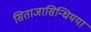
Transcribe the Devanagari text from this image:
सिताजासिन्धियया